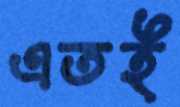
এতই